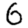
Digit: 6